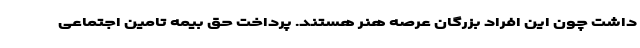
داشت چون این افراد بزرگان عرصه هنر هستند. پرداخت حق بیمه تامین اجتماعی